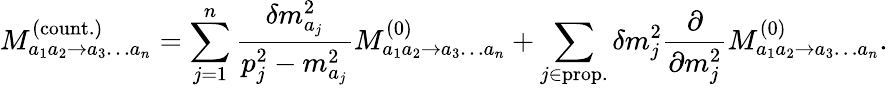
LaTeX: M_{a_{1}a_{2}\to a_{3}\dots a_{n}}^{(\mathrm{count.})}=\sum_{j=1}^{n}\frac{\delta m_{a_{j}}^{2}}{p_{j}^{2}-m_{a_{j}}^{2}}M_{a_{1}a_{2}\to a_{3}\dots a_{n}}^{(0)}+\sum_{j\in\mathrm{prop.}}\delta m_{j}^{2}\frac{\partial}{\partial m_{j}^{2}}M_{a_{1}a_{2}\to a_{3}\dots a_{n}}^{(0)}.